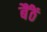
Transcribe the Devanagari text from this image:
बैंठें